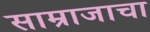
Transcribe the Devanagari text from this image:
साम्राजाचा